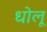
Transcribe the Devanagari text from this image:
धोलू